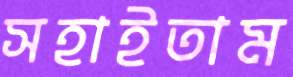
সহাইতাম